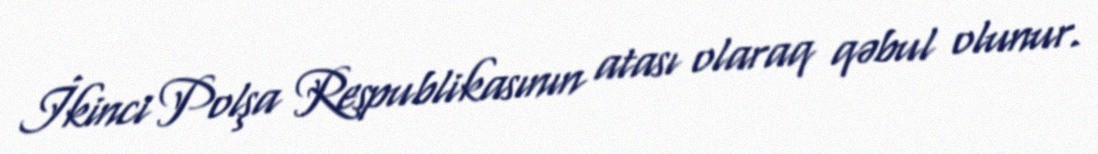
İkinci Polşa Respublikasının atası olaraq qəbul olunur.